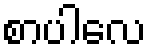
စာပါလေ